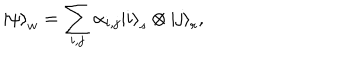
\left| \psi \right\rangle _ { w } = \sum _ { i , j } \alpha _ { i , j } \left| i \right\rangle _ { s } \otimes \left| j \right\rangle _ { r } ,